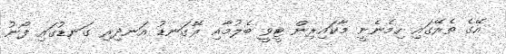
އޭގެ ތެރޭގައި ހިމެނެނީ މާކައިރިން ޓީވީ ބެލުމާއި ރޭގަނޑު އަނދިރި ގަނޑުގައި ފޯނު